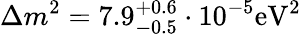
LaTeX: \Delta{m^{2}}=7.9_{-0.5}^{+0.6}\cdot 10^{-5}{\mathrm{eV}}^{2}